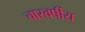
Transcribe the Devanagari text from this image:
चारवर्षीय